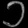
Digit: ၁